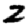
Digit: 2